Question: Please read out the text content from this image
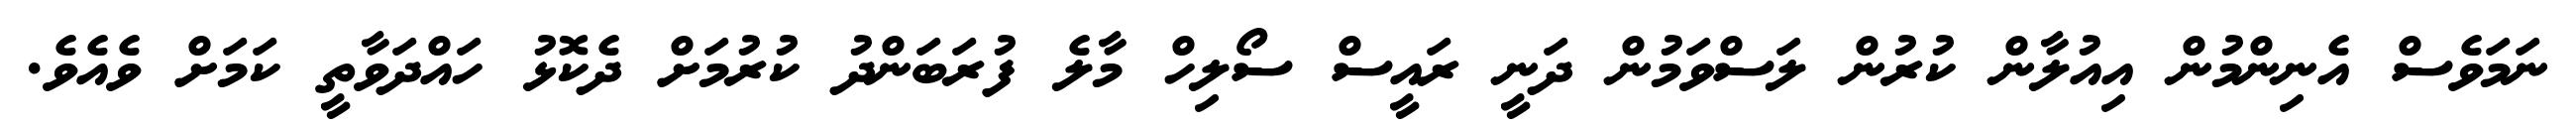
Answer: ނަމަވެސް އެނިންމުން އިއުލާން ކުރުން ލަސްވަމުން ދަނީ ރައީސް ސޯލިހް މާލެ ފުރަބަންދު ކުރުމަށް ދެކޮޅު ހައްދަވާތީ ކަމަށް ވެއެވެ.